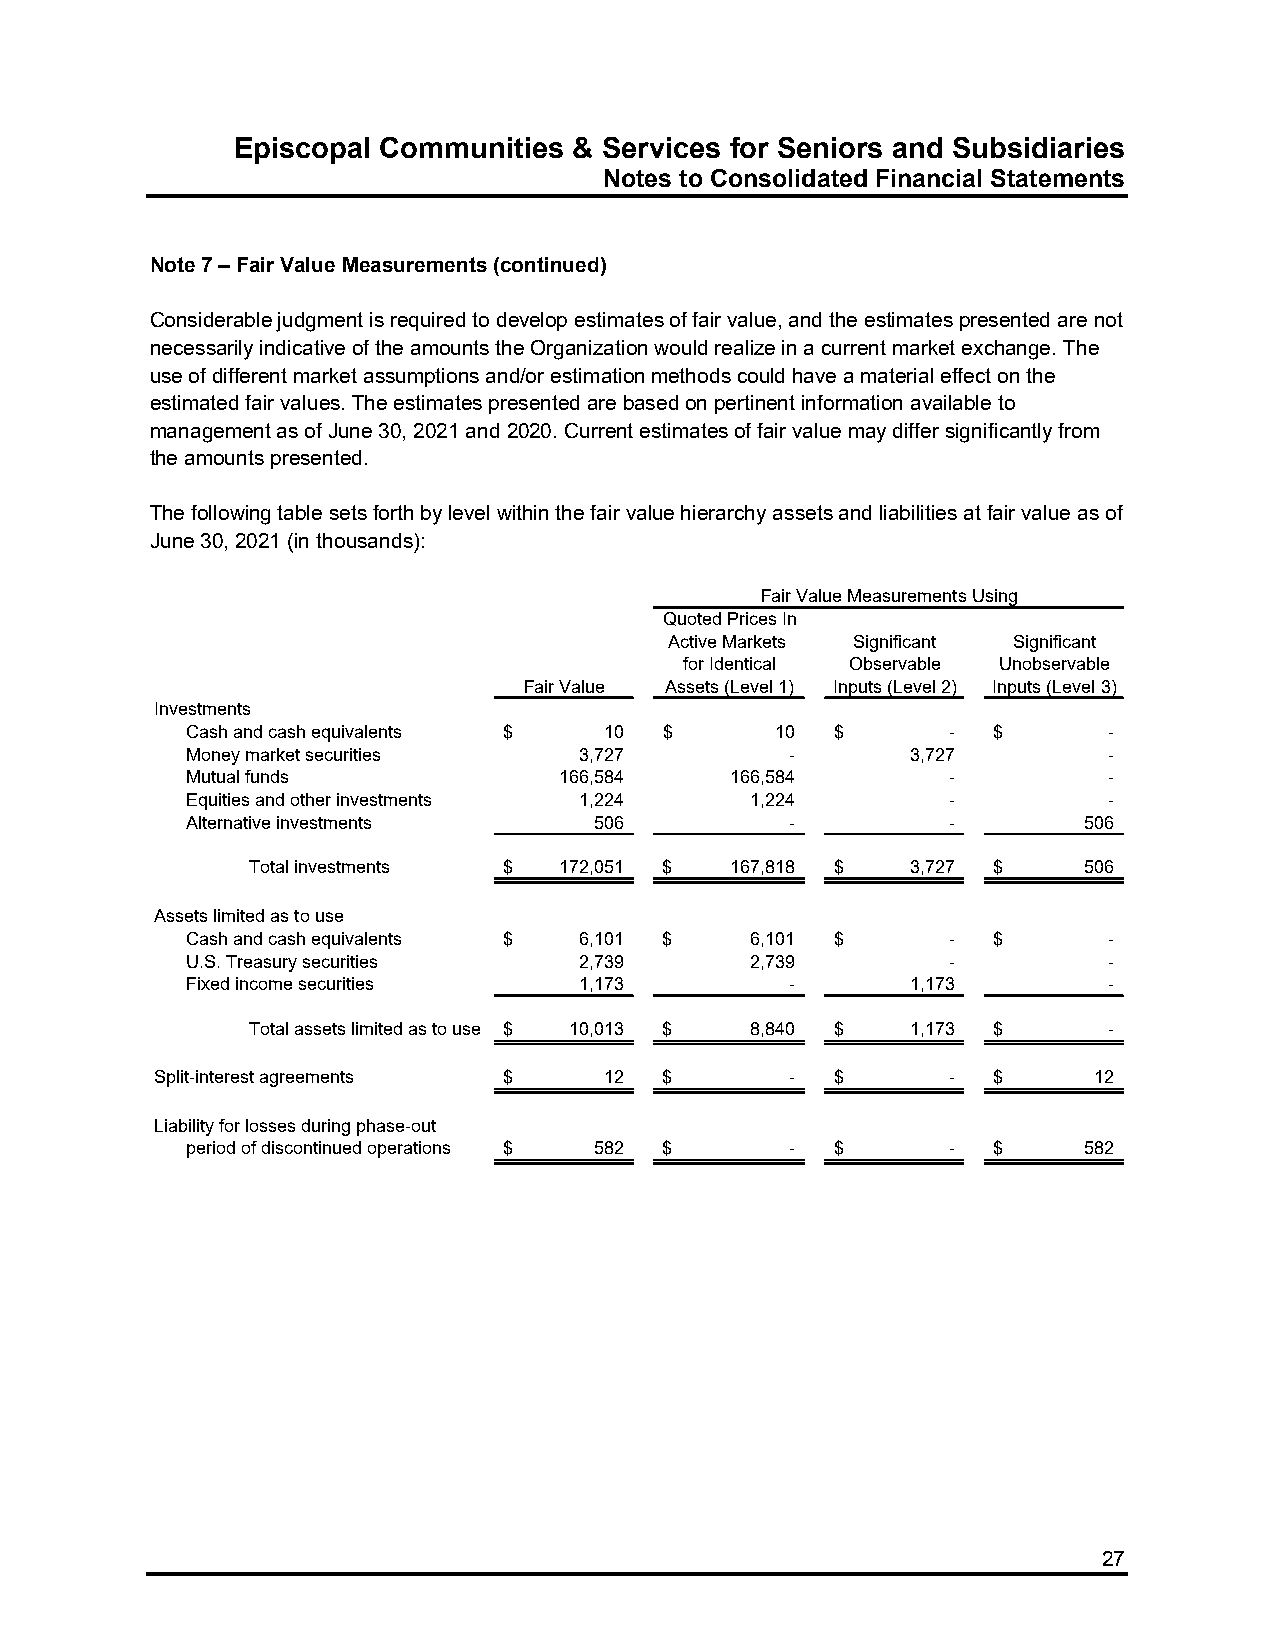
Episcopal Communities  & Services for Seniors and Subsidiaries
 Notes to Consolidated Financial Statements
 Note 7 – Fair Value Measurements (continued)
 Considerable judgment is required to develop estimates of fair value, and the estimates presented are not
 necessarily indicative of the amounts the Organization would realize in a current market exchange. The
 use of different market assumptions and/or estimation methods could have a material effect on the
 estimated fair values. The estimates presented are based on pertinent information available to
 management as of June 30, 2021 and 2020. Current estimates of fair value may differ significantly from
 the amounts presented.
 The following table sets forth by level within the fair value hierarchy assets and liabilities at fair value as of
 June 30, 2021 (in thousands):
 Fair Value Measurements Using
 Quoted Prices In
 Active Markets Significant Significant
 for Identical Observable Unobservable
 Fair Value Assets (Level 1) Inputs (Level 2) Inputs (Level 3)
 Investments
 Cash and cash equivalents $ 1 0 $      10  $       -  $      -
 Money market securities   3,727         -       3,727        -
 Mutual funds             166,584    166,584        -         -
 Equities and other investments 1,224  1,224        -         -
 Alternative investments    5 06         -          -        506
 Total investments $ 172,051 $  167,818 $   3,727 $     506
 Assets limited as to use
 Cash and cash equivalents $ 6,101 $   6,101 $      -  $      -
 U.S. Treasury securities  2,739       2,739        -         -
 Fixed income securities   1,173         -       1,173        -
 Total assets limited as to use $ 10,013 $ 8,840 $ 1,173 $ -
 Split-interest agreements $   1 2 $       -  $       -  $     1 2
 Liability for losses during phase-out
 period of discontinued operations $ 582 $ - $      -  $     582
 27